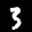
Label: 3